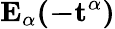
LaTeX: \mathbf{E_{\alpha}(-t^{\alpha})}